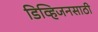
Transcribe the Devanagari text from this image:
डिव्हिजनसाठी